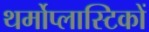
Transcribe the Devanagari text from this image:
थर्मोप्लास्टिकों